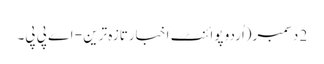
2 دسمبر(اُردو پوائنٹ اخبارتازہ ترین - اے پی پی۔